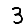
Digit: 3